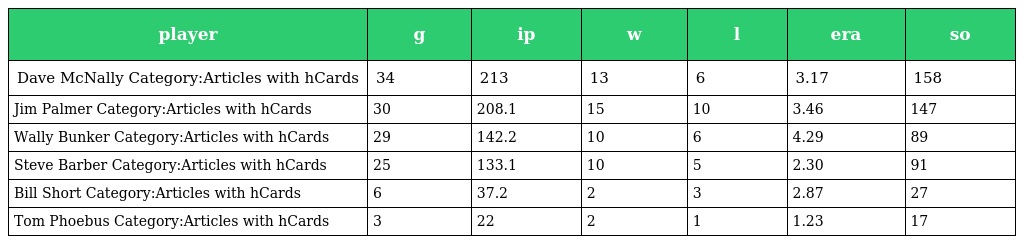
| player | g | ip | w | l | era | so |
 | --- | --- | --- | --- | --- | --- | --- |
 | Dave McNally Category:Articles with hCards | 34 | 213 | 13 | 6 | 3.17 | 158 |
 | Jim Palmer Category:Articles with hCards | 30 | 208.1 | 15 | 10 | 3.46 | 147 |
 | Wally Bunker Category:Articles with hCards | 29 | 142.2 | 10 | 6 | 4.29 | 89 |
 | Steve Barber Category:Articles with hCards | 25 | 133.1 | 10 | 5 | 2.30 | 91 |
 | Bill Short Category:Articles with hCards | 6 | 37.2 | 2 | 3 | 2.87 | 27 |
 | Tom Phoebus Category:Articles with hCards | 3 | 22 | 2 | 1 | 1.23 | 17 |